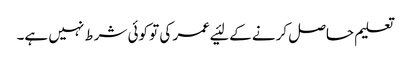
تعلیم حاصل کرنے کے لئیے عمر کی تو کوئی شرط نہیں ہے۔